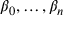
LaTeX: \beta _ { 0 } , \ldots , \beta _ { n }